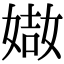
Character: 𡟌